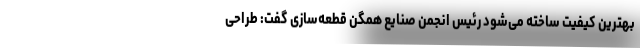
بهترین کیفیت ساخته می‌شود رئیس انجمن صنایع همگن قطعه‌سازی گفت: طراحی